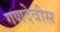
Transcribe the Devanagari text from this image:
गणदेवीस